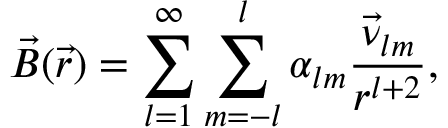
\vec { B } ( \vec { r } ) = \sum _ { l = 1 } ^ { \infty } \sum _ { m = - l } ^ { l } \alpha _ { l m } \frac { \vec { \nu } _ { l m } } { r ^ { l + 2 } } ,